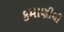
કમાણીથી